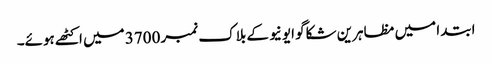
ابتدا میں مظاہرین شکاگو ایونیو کے بلاک نمبر 3700 میں اکٹھے ہوئے۔